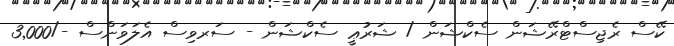
ކޭސް ރެޖިސްޓްރޭޝަން ސެކްޝަން / ޝަރުޢީ ސެކްޝަން - ސަރވިސް އެލަވަންސް -/3